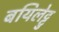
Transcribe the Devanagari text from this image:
बयिलेट्टु